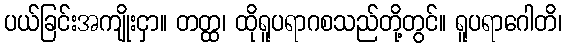
ပယ်ခြင်းအကျိုးငှာ။ တတ္ထ၊ ထိုရူပရာဂစသည်တို့တွင်။ ရူပရာဂေါတိ၊